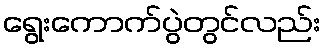
ရွေးကောက်ပွဲတွင်လည်း